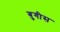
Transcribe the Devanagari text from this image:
बुगीस